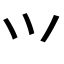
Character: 𭕄